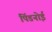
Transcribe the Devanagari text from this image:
पिंडनोई